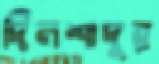
দিলশাদুর